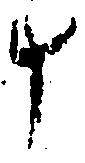
斗